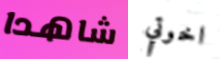
شاهدا اخوتي